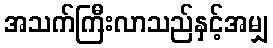
အသက်ကြီးလာသည်နှင့်အမျှ